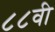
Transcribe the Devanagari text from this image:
८८वी